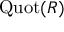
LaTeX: \operatorname { Q u o t } ( R )